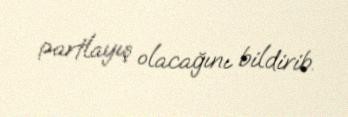
partlayış olacağını bildirib.